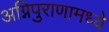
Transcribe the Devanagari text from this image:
अग्निपुराणामध्ये